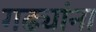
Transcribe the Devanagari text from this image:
गढ्यांना